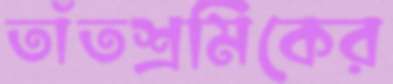
তাঁতশ্রমিকের